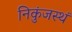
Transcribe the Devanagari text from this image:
निकुंजस्थं